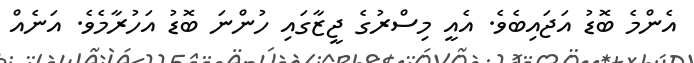
އެންމެ ބޮޑު އަޖައިބެވެ. އެއީ މިސްރުގެ ޖީޒާގައި ހުންނަ ބޮޑު އަހުރާމެވެ. އަނެއް